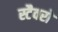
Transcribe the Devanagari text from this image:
स्टैवरो